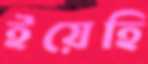
ইয়েহি